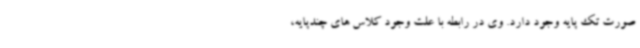
صورت تک پایه وجود دارد. وی در رابطه با علت وجود کلاس های چندپایه،